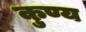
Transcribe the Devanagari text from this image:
कुण्य